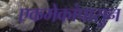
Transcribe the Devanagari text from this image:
एकमेकांपासुन